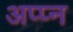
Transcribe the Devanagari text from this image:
अप्प्न